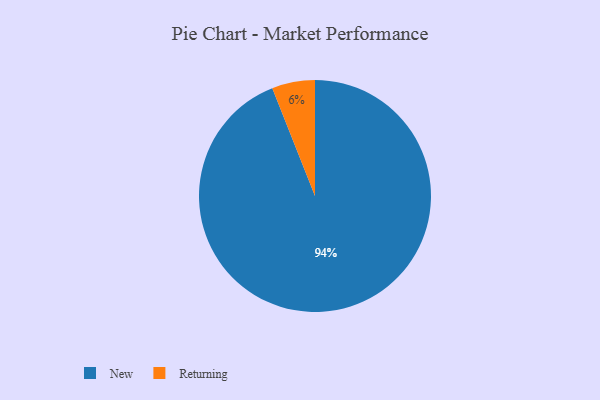
{"axis": {"x": "Category", "y": "Percentage"}, "legend": ["New", "Returning"], "data": [{"x": "New", "y": 94, "type": "New"}, {"x": "Returning", "y": 6, "type": "Returning"}]}